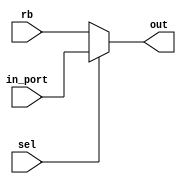
module portMUX(rb,in_port,sel,out);

input [7:0]rb;
input [7:0]in_port;
input sel;

output [7:0]out;

assign out=(sel==0)?rb:
in_port;

endmodule